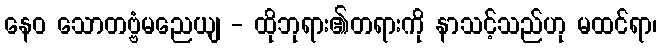
နေဝ သောတဗ္ဗံမညေယျ - ထိုဘုရား၏တရားကို နာသင့်သည်ဟု မထင်ရာ၊